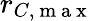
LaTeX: r_{C,\mathrm{~m~a~x~}}